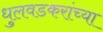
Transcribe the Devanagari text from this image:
धुलवडकरांच्या